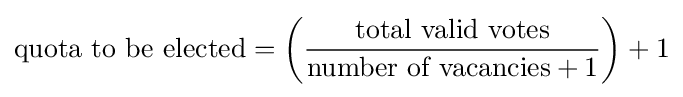
{\mbox{quota to be elected}}=\left({{\rm {\mbox{total valid votes}}} \over {\rm {\mbox{number of vacancies}}}+1}\right)+1